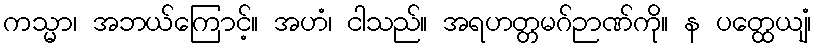
ကသ္မာ၊ အဘယ်ကြောင့်။ အဟံ၊ ငါသည်။ အရဟတ္တမဂ်ဉာဏ်ကို။ န ပတ္ထေယျံ၊